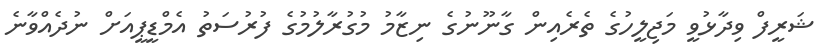
ޝަރީފް ވިދާޅުވީ މަޖިލީހުގެ ތެރެއިން ގާނޫނުގެ ނިޒާމު މުގުރާލުމުގެ ފުރުސަތު އެމްޑީޕީއަށް ނުދެއްވާނެ